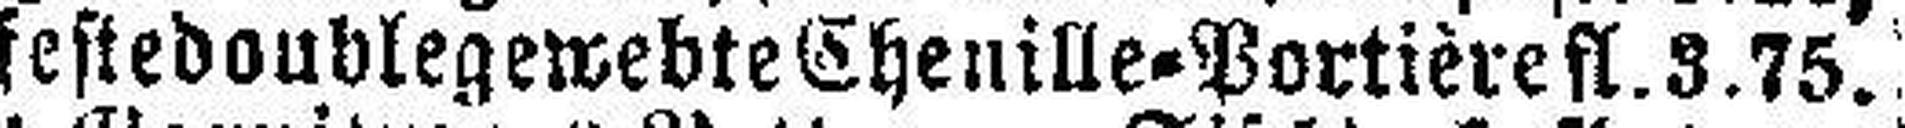
festedouble gewebte Cheuille=Portière fl. 3.75.